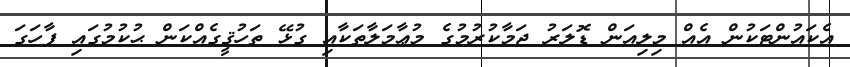
އެކައުންޓަކުން އެއް މިލިއަން ޑޮލަރު ޖަމާކުރުމުގެ މުޢާމަލާތަކާއި ގުޅޭ ތަހުޤީގެއްކަން ޙުކުމުގައި ފާހަގަ